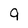
Character: 9